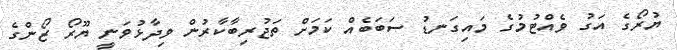
ޔުރޯގެ އަގު ވެއްޓުމުގެ މައިގަނޑު ސަބަބެއް ކަމަށް ތަޖުރިބާކާރުން ވިދާޅުވަނީ ޔޫރޯ ޒޯންގެ